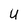
Character: U